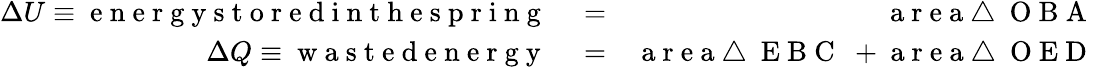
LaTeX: \begin{array}{rlr}{\Delta U\equiv\mathrm{~e~n~e~r~g~y~s~t~o~r~e~d~i~n~t~h~e~s~p~r~i~n~g~}}&{{}=}&{\mathrm{~a~r~e~a~\triangle~{~O~B~A~}~}}\\ {\Delta Q\equiv\mathrm{~w~a~s~t~e~d~e~n~e~r~g~y~}}&{{}=}&{\mathrm{~a~r~e~a~\triangle~{~E~B~C~}~}+\mathrm{~a~r~e~a~\triangle~{~O~E~D~}~}}\end{array}